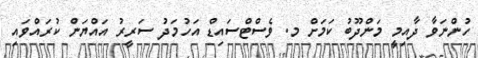
ހުންނަވާ ދާއިމީ މަންދޫބު ކަމަށް މ. ވެސްޓްސައިޑް އަހުމަދު ސަރީރު އައްޔަން ކުރައްވައި